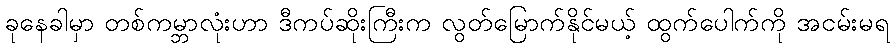
ခုနေခါမှာ တစ်ကမ္ဘာလုံးဟာ ဒီကပ်ဆိုးကြီးက လွတ်မြောက်နိုင်မယ့် ထွက်ပေါက်ကို အငမ်းမရ